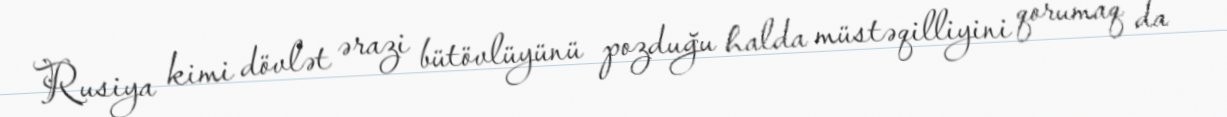
Rusiya kimi dövlət ərazi bütövlüyünü pozduğu halda müstəqilliyini qorumaq da